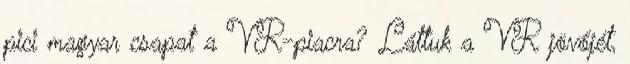
pici magyar csapat a VR-piacra? Láttuk a VR jövőjét,